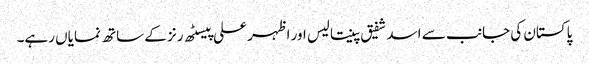
پاکستان کی جانب سے اسد شفیق پینتالیس اور اظہر علی پیسٹھ رنز کے ساتھ نمایاں رہے۔